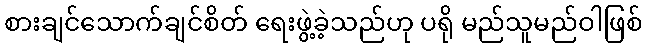
စားချင်သောက်ချင်စိတ် ရေးဖွဲ့ခဲ့သည်ဟု ပရို မည်သူမည်ဝါဖြစ်